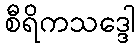
စီရိကသဒ္ဒေါ